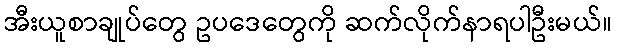
အီးယူစာချုပ်တွေ ဥပဒေတွေကို ဆက်လိုက်နာရပါဦးမယ်။